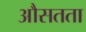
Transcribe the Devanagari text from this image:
औसतता